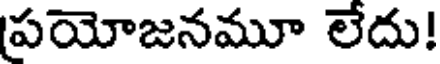
పయోజనమూ లేదు!